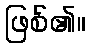
ဖြစ်၏။